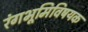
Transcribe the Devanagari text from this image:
रंगभूमिविषयक